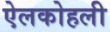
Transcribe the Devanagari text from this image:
ऐलकोहली